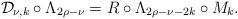
LaTeX: \begin{align*} \mathcal{D}_{\nu,k}\circ\Lambda_{2\rho-\nu} = R\circ\Lambda_{2\rho-\nu-2k}\circ M_k.\end{align*}